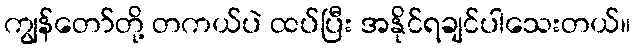
ကျွန်တော်တို့ တကယ်ပဲ ထပ်ပြီး အနိုင်ရချင်ပါသေးတယ်။